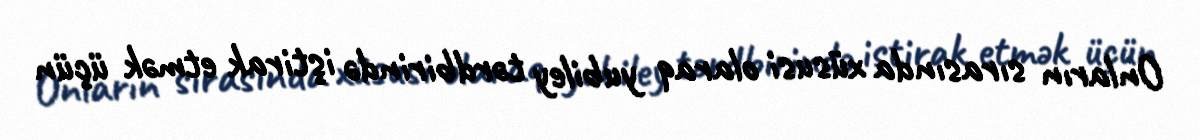
Onların sırasında xüsusi olaraq yubiley tərdbirində iştirak etmək üçün